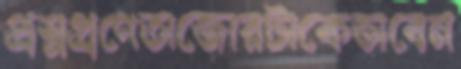
প্রশ্নপ্রণেতাজোরটাকেভাবেন